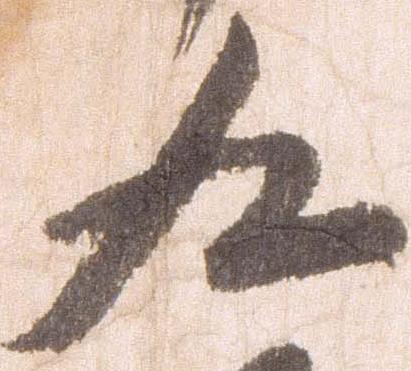
九